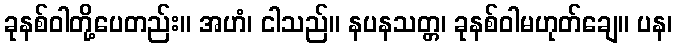
ခုနစ်ဝါတို့ပေတည်း။ အဟံ၊ ငါသည်။ နပနသတ္တ၊ ခုနစ်ဝါမဟုတ်ချေ။ ပန၊